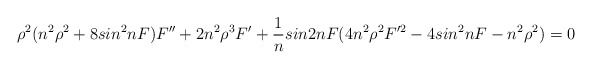
\begin{align*}\rho^2 (n^2 \rho^2 +8 sin^2nF) F'' +2n^2 \rho^3 F' + \frac{1}{n} sin2nF(4n^2\rho^2 F'^2 -4 sin^2nF- n^2\rho^2)=0\end{align*}